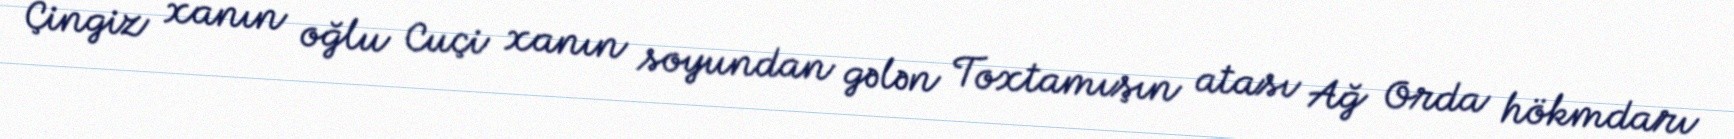
Çingiz xanın oğlu Cuçi xanın soyundan gələn Toxtamışın atası Ağ Orda hökmdarı